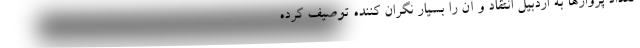
تعداد پروازها به اردبیل انتقاد و آن را بسیار نگران کننده توصیف کرده